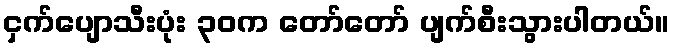
ငှက်ပျောသီးပုံး ၃၀က တော်တော် ပျက်စီးသွားပါတယ်။